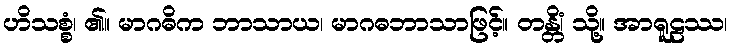
ဟိသစ္စံ၊ ၏။ မာဂဓိက ဘာသာယ၊ မာဂဓဘာသာဖြင့်။ တန္တိံ၊ သို့။ အာရူဠဿ၊